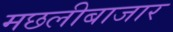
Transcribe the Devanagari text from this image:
मछलीबाजार